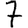
Digit: 7